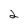
Character: 2